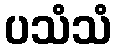
ပသံသံ